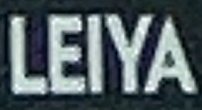
LEIYA